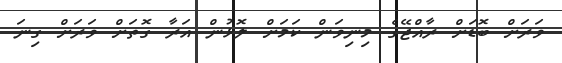
ވަރަށް ބޮޑަށް ރާއްޖޭގެ މިނިވަން ކަމަށް ލޮޅުން އަރާ ގޮތަށް ވަރަށް ގިނަ